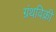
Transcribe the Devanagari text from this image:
ग्रंथविक्री